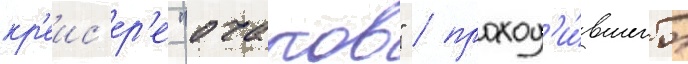
кр'еис'ер'е "очаков" / проход'и́вшего